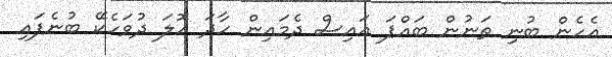
އެހެން ބުނި ތަނުން ބައްޕަ އައިސް ދެމައިން ހާދަ އޮލަ ދުވަހެކޭ ބުނެފައި